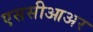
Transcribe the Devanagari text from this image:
एससीआअर